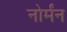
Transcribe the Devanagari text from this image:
नोर्मंन